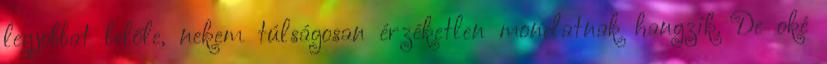
legjobbat belőle, nekem túlságosan érzéketlen mondatnak hangzik. De oké